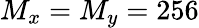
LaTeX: M_{x}=M_{y}=256